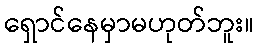
ရှောင်နေမှာမဟုတ်ဘူး။